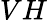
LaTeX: VH